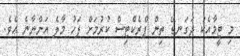
މި ޓީމާއެކު ދަގަނޑޭ ތިން ޕްރެކްޓިސް ކުރުމަށް ފަހު މާލެ އަންނާނެ އެވެ.